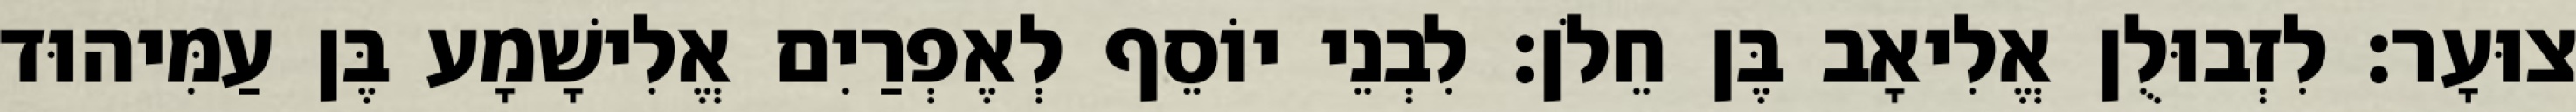
צוּעָר׃ לִזְבוּלֻן אֱלִיאָב בֶּן חֵלֹן׃ לִבְנֵי יוֹסֵף לְאֶפְרַיִם אֱלִישָׁמָע בֶּן עַמִּיהוּד